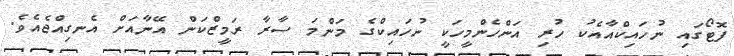
ފޮޓޯގައި ނުހައިކްއާއެކު ހުރި އަންހެންމީހަކީ ނުހައިކްގެ މަންމަ ސާރާ ރަމީޒްކަން އޭނާއަށް އެނގިއްޖެއެވެ.